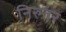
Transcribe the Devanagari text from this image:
निरुतर